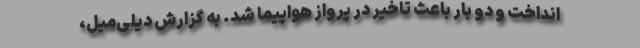
انداخت و دو بار باعث تاخیر در پرواز هواپیما شد. به گزارش دیلی‌میل،